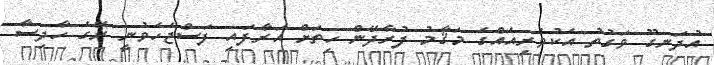
އުދަނގޫ ވަގުތު އެކުވެރިއެއްގެ މަޤާމު ފުރާދޭން ހިތަށް އަރާފައި ފަސްޖެހެވުނީ ރޭގެ ހާދިސާ